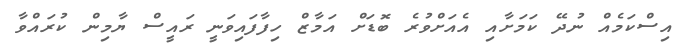
އިސްކަމެއް ނުދޭ ކަމަށާއި އެއަށްވުރެ ބޮޑަށް އަމާޒް ހިފާފައިވަނީ ރައީސް ޔާމިން ކުރައްވާ